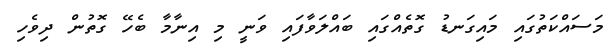
މަސައްކަތުގައި މައިގަނޑު ގޮތެއްގައި ބައްލަވާފައި ވަނީ މި އިނާމާ ބެހޭ ގޮތުން ދިވެހި